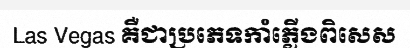
Las Vegas គឺជាប្រភេទកាំភ្លើងពិសេស